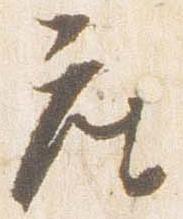
座